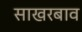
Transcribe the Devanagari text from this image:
साखरबाव